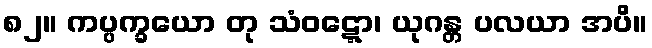
၈၂။ ကပ္ပက္ခယော တု သံဝဋ္ဋော၊ ယုဂန္တ ပလယာ အပိ။